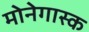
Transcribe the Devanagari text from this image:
मोनेगास्क